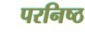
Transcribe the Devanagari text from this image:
परनिष्ठ